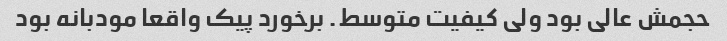
حجمش عالی بود ولی کیفیت متوسط. برخورد پیک واقعا مودبانه بود